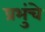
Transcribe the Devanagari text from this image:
प्रभुंचे